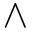
\wedge